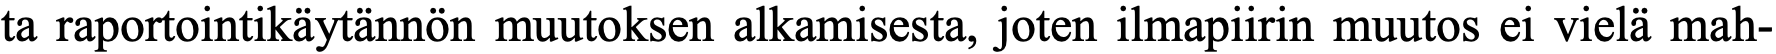
ta raportointikäytännön muutoksen alkamisesta, joten ilmapiirin muutos ei vielä mah-